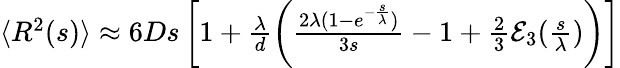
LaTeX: \begin{array}{r}{\langle R^{2}(s)\rangle\approx 6Ds\left[1+\frac{\lambda}{d}\left(\frac{2\lambda(1-e^{-\frac{s}{\lambda}})}{3s}-1+\frac{2}{3}{\cal E}_{3}(\frac{s}{\lambda})\right)\right]}\end{array}